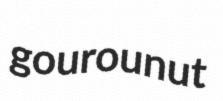
gourounut